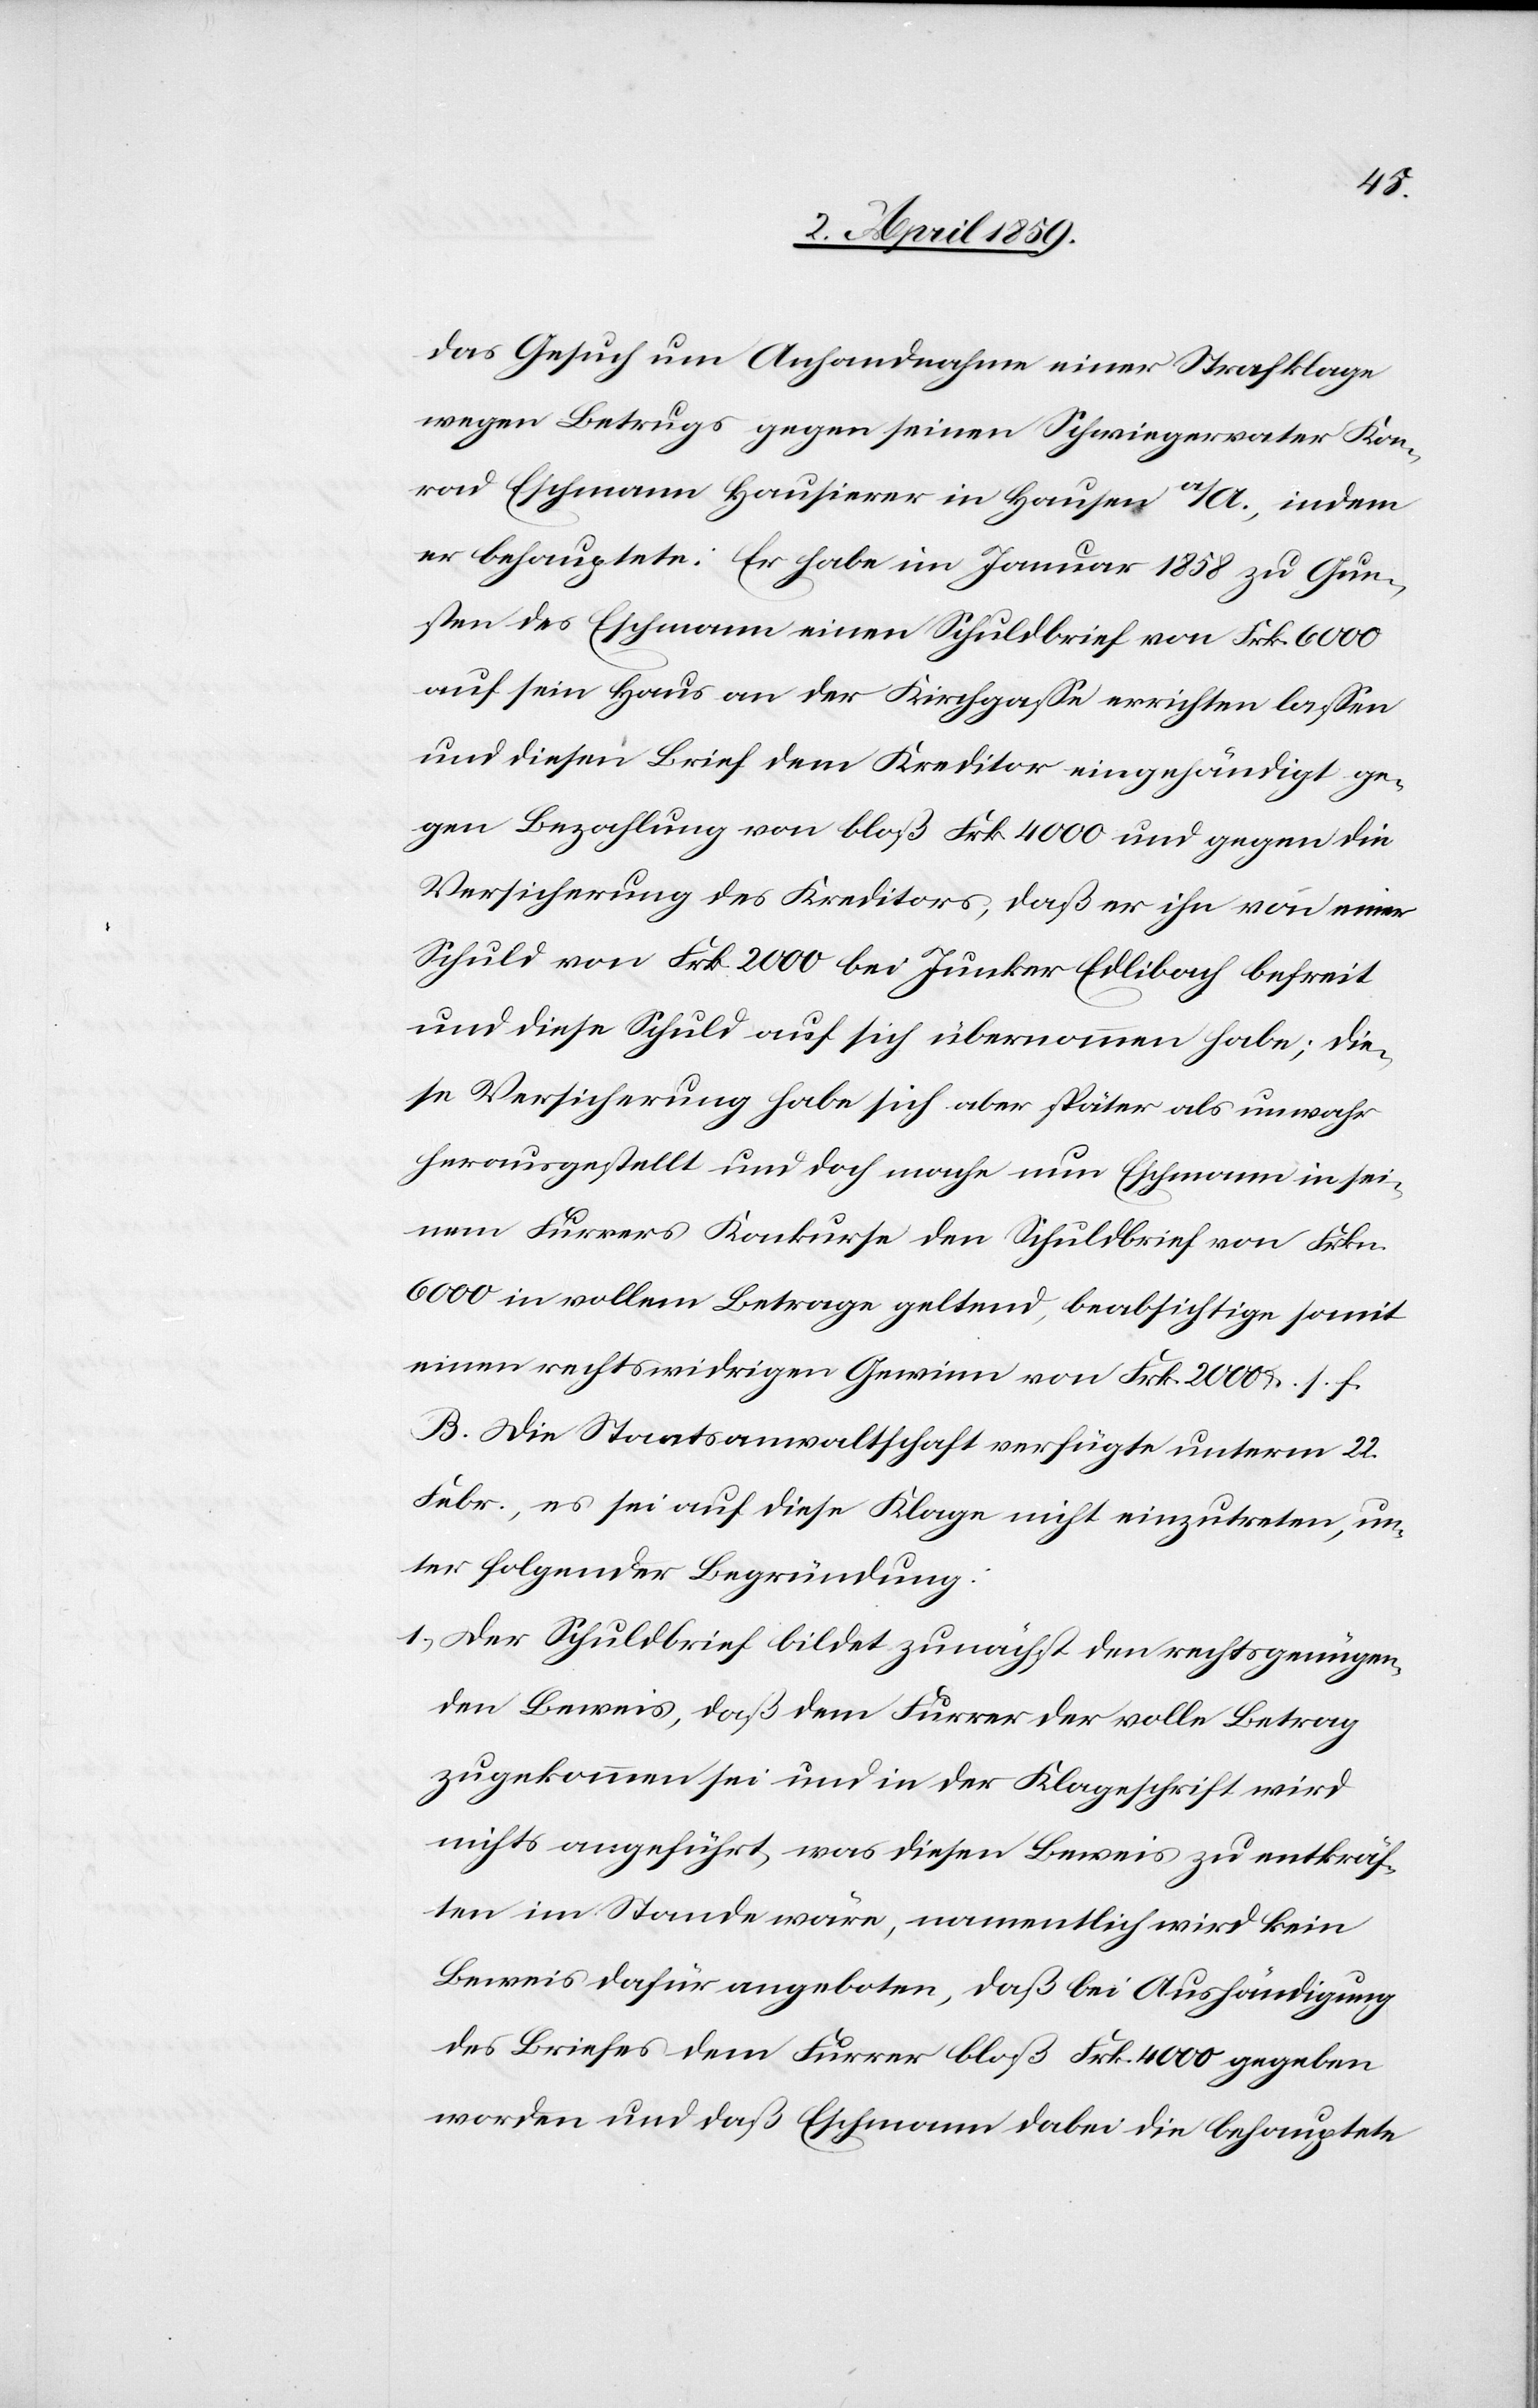
das Gesuch um Anhandnahme einer Strafklage
wegen Betrugs gegen seinen Schwiegervater Kon¬
rad Eschmann Hausierer in Hausen a/A., indem
er behauptete: Er habe im Januar 1858 zu Gun¬
sten des Eschmann einen Schuldbrief von Frk. 6000
auf sein Haus an der Kirchgaße errichten laßen
und diesen Brief dem Kreditor eingehändigt ge¬
gen Bezahlung von bloß Frk. 4000 und gegen die
Versicherung des Kreditors, daß er ihn von einer
Schuld von Frk. 2000 bei Junker Edlibach befreit
und diese Schuld auf sich übernommen habe; die¬
se Versicherung habe sich aber später als unwahr
herausgestellt und doch mache nun Eschmann in sei¬
nem Furrers Konkurse den Schuldbrief von Frkn.
6000 in vollem Betrage geltend, beabsichtige somit
einen rechtswidrigen Gewinn von Frk. 2000 u. s. f.
B. Die Staatsanwaltschaft verfügte unterm 22.
Febr., es sei auf diese Klage nicht einzutreten, un¬
ter folgender Begründung:
1) Der Schuldbrief bildet zunächst den rechtsgenügen¬
den Beweis, daß dem Furrer der volle Betrag
zugekommen sei und in der Klageschrift wird
nichts angeführt, was diesen Beweis zu entkräf¬
ten im Stande wäre, namentlich wird kein
Beweis dafür angeboten, daß bei Aushändigung
des Briefes dem Furrer bloß Frk. 4000 gegeben
worden und daß Eschmann dabei die behauptete